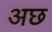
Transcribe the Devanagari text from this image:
अछ